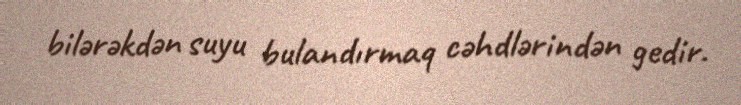
bilərəkdən suyu bulandırmaq cəhdlərindən gedir.